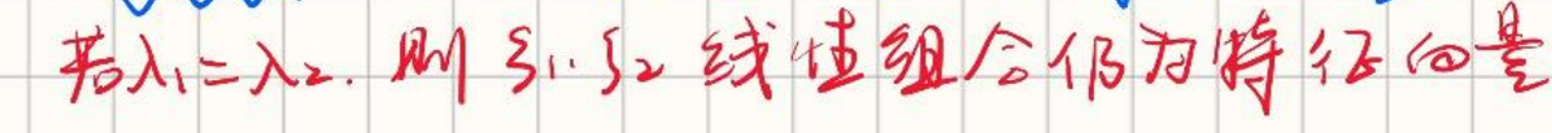
若\(\lambda_1=\lambda_2\)，则\(\boldsymbol{s}_1,\boldsymbol{s}_2\)线性组合仍为特征向量